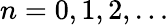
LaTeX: n=0,1,2,\ldots